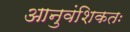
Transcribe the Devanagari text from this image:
आनुवंशिकतः